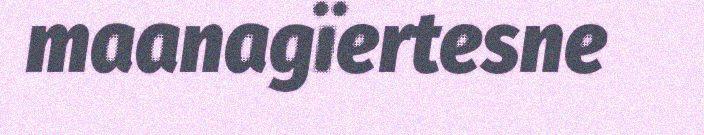
maanagïertesne